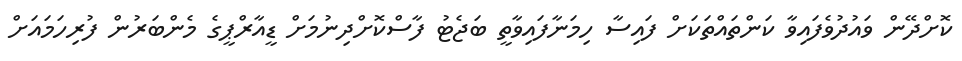
ކޮށްދޭން ވައުދުވެފައިވާ ކަންތައްތަކަށް ފައިސާ ހިމަނާފައިވާތީ ބަޖެޓު ފާސްކޮށްދިނުމަށް ޑީއާރްޕީގެ މެންބަރުން ފުރިހަމައަށް